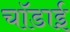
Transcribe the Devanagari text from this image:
चॉडाई